NAE_kihelkonnakohtute_kirjad_ja_protokollid_1869-1889, lk 48
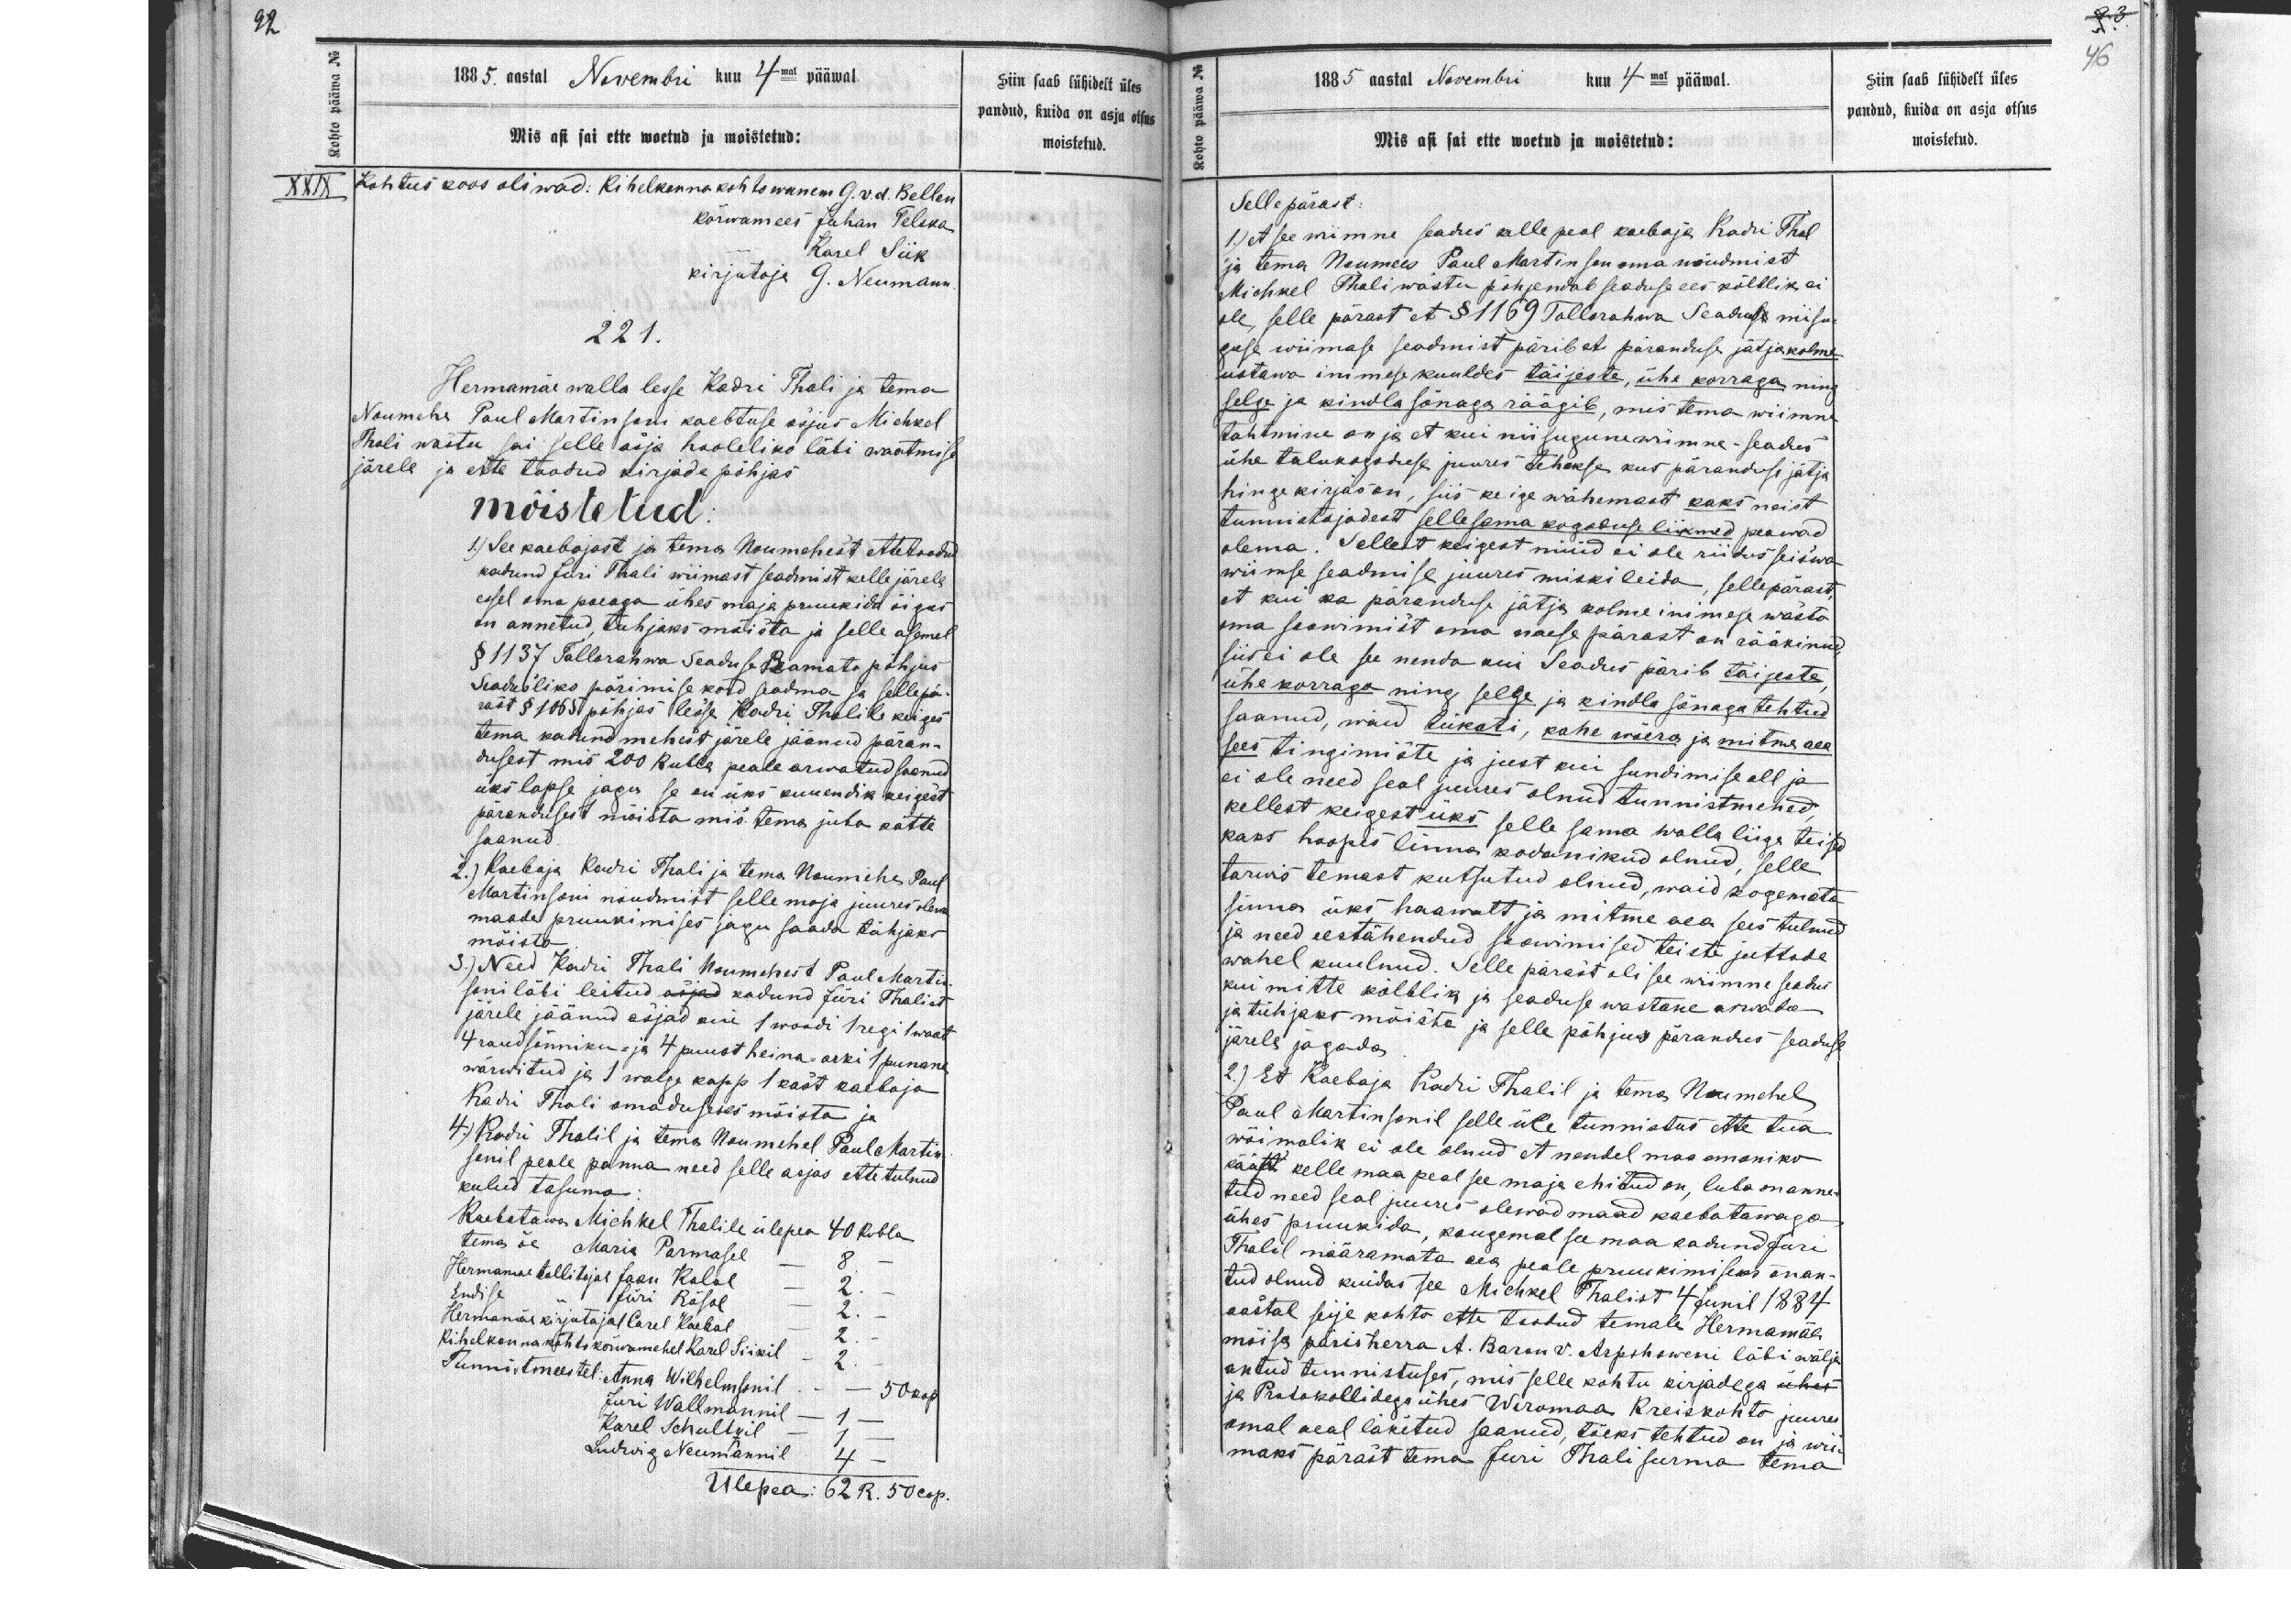
1885. aastal Novembri kuu 4mak pääwal
Mis asi sai ette woetud ja moistetud:
XXIX Kohtus koos oliwad: Kihelkonnakohtowanem G v. d. Bellen
kõrwamees Juhan Telika
Karel Siik
kirjutaja G. Neumann
221.
Hermamäe walla lesse Kadri Thali ja tema
Noumehe Paul Martinseni kaebtuse asjus Michkel
Thali wastu sai selle asja hooleliko läbi waatmise
järele ja ette toodud kirjade põhjas
mõistetud.
1) See kaebajast ja tema Noumahest ettetoodu
katund Juri Thali wiimast seadmist kelle järele
essel oma poeaga ühes maja pruukida õigus
on annetud tühjaks mõista ja selle asemel
§ 1137 Tallorahwa Seadus Ramato põhjus
seadusliko pärimise kord sadma sa sallepä-
rast § 1055 põhjas lesse Kadri Thalile keiges
tema katund mehest järele jäänud päran-
dusest mis 200 Rubla peale arwatud saanud
üks lapse jagu se on üks kuuendik keigest
pärandusest moista mis tema juba kätte
saanud.
2.) Kaebaja Kadri Thali ja tema Noumehe Paul
Martinsoni nõudmist selle maja juures olewa
maade pruukimises jagu saada tühjaks
mõista
3.) Need Kadri Thali Noumehest Paul Martin-
soni läbi leitud asjad kadund Jüri Thalist
järele jäänud asjad on 1 woodi 1 regi 1waat
4 raudsõnniku- ja 4 puust heina-aeki 1 punane
wärwitud ja 1 walge kapp 1 kast kaebaja
Kadri Thali omaduseks mõista ja
4.) Kadri Thalil ja tema Noumehel Paul Martin-
sonil peale panna need selle asjas ette tulnud
kulud tasuma:
Kaebatawa Michkel Thalile ülepea 40 Rubla
tema õe Maria Parmasel-
Hermamäe kirjutajal Carel Kaebal
Kihelkonnakohtukõrwamehel Karel Siikil
Tunnistmeestel: Anna Wilhelmsonil
Juri Wallmannil
Karl Schulzil
Ludwig Neumannil
Ülepea 62 R. 50 cop.

Siin saab lühidelt üles
pandud, kuida on asja otsus
moistetud

1885 aastal Novembri kuu 4mal pääwal.
Mis aso sai ette woetud ja moistetud:
Selle pärast.
1.) et see wimne seades alle peal kaebaja Kadri Thal
ja tema Noumees Paul Martinson oma nõudmist
Michkel Thali wastu põhjendab seaduse ees kõlblik ei
ole, selle pärast et § 1169 Tallorahwa Seaduse niisu-
guse wiimase seadmist pärib et päranduse jätja kolme
ustawa inimese kuuldes täijeste, ühe korraga ning
selge ja kindla sõnaga räägib, mis tema wiimne
tahtmine on ja et kui niisugune wiimne-seadus
ühe talukogoduse juures tehakse kus päranduse jätja
hinge kirjas on, siis keige wähemast kaks neist
tunnistajadest sellesema kogoduse liikmed peawad
olema. Sellelt keigest nüüd ei ole riidus seiswa
wiimse seadmise juures miski leida, sellepärast
et kui ka paranduse jätja kolme inimese wasto
oma soowimist oma naese pärast on rääkinud,
siis ole see nenda kui Seadus pärib täijeste,
ühe korraga ning selge ja kindla sõnaga tehtud
saanud, waid lükati, kahe wõera ja mitme aea
sees tingimiste ja just kui sundimise all ja
ei ole need seal juures olnud tunnistmehed,
kellest keigest üks selle sama walla liige teised
kaks hoopis linna kodanikud olnud, selle
tarwis temast kutsutud olnud, waid kogemata
sinna üks haawalt ja mitme aea sees tulnud
ja need eestähendud soowimised teiste juttode
wahel kuulnud. Selle pärast oli see wimne seadus
kui mitte kõlblik ja seaduse wastane arwada
ja tühjaks mõista ja selle põhjus pärandus seaduse
järele jagada
2) Et Kaebaja Kadri Thalil ja tema Noumehel
Paul Martinsonil selle üle tunnistus ette tua
wõimalik ei ole olnud et nendel maa omaniko
kääst kelle maapeal see maja ehitud on, luba manne-
tud need seal juures olewad maad kaebatawaga
ühes pruukida, kaugemal see maa kadund Juri
Thalil määramata aea peale pruukimiseks on an-
tud olnud kuidas see Michkel Thalist 4 Junil 1884
aastal seije kohto ette teatud temale Hermamäe
mõisa pärisherra A. Baron v. Arpohoweni läbi wälja
antud tunnistuses, mis selle kohtu kirjadega uhes
ja Protokollidega ühes Wiromaa Kreiskohto juure
omal aeal läketud saanud, tõeks tehtud on ja wii-
maks parast tema Juri Thali surma tema

Siin saab lühidelt üles
pandud, kuida on asja otsus
moistetud.